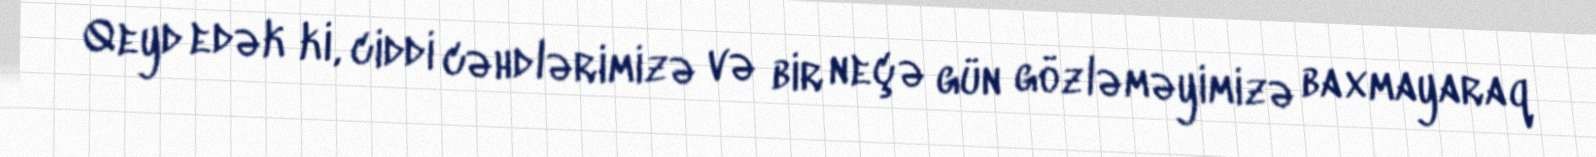
Qeyd edək ki, ciddi cəhdlərimizə və bir neçə gün gözləməyimizə baxmayaraq